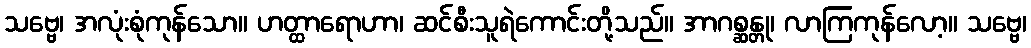
သဗ္ဗေ၊ အလုံးစုံကုန်သော။ ဟတ္ထာရောဟာ၊ ဆင်စီးသူရဲကောင်းတို့သည်။ အာဂစ္ဆန္တု၊ လာကြကုန်လော့။ သဗ္ဗေ၊